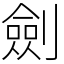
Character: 劍